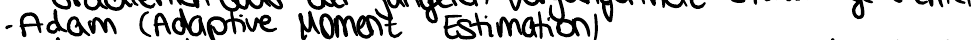
- Adam (Adaptive Moment Estimation)